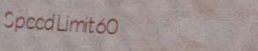
SpeedLimit60